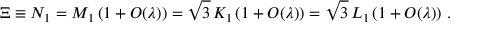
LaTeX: \Xi \equiv N _ { 1 } = M _ { 1 } \left( 1 + { \cal O } ( \lambda ) \right) = \sqrt { 3 } \, K _ { 1 } \left( 1 + { \cal O } ( \lambda ) \right) = \sqrt { 3 } \, L _ { 1 } \left( 1 + { \cal O } ( \lambda ) \right) \, .